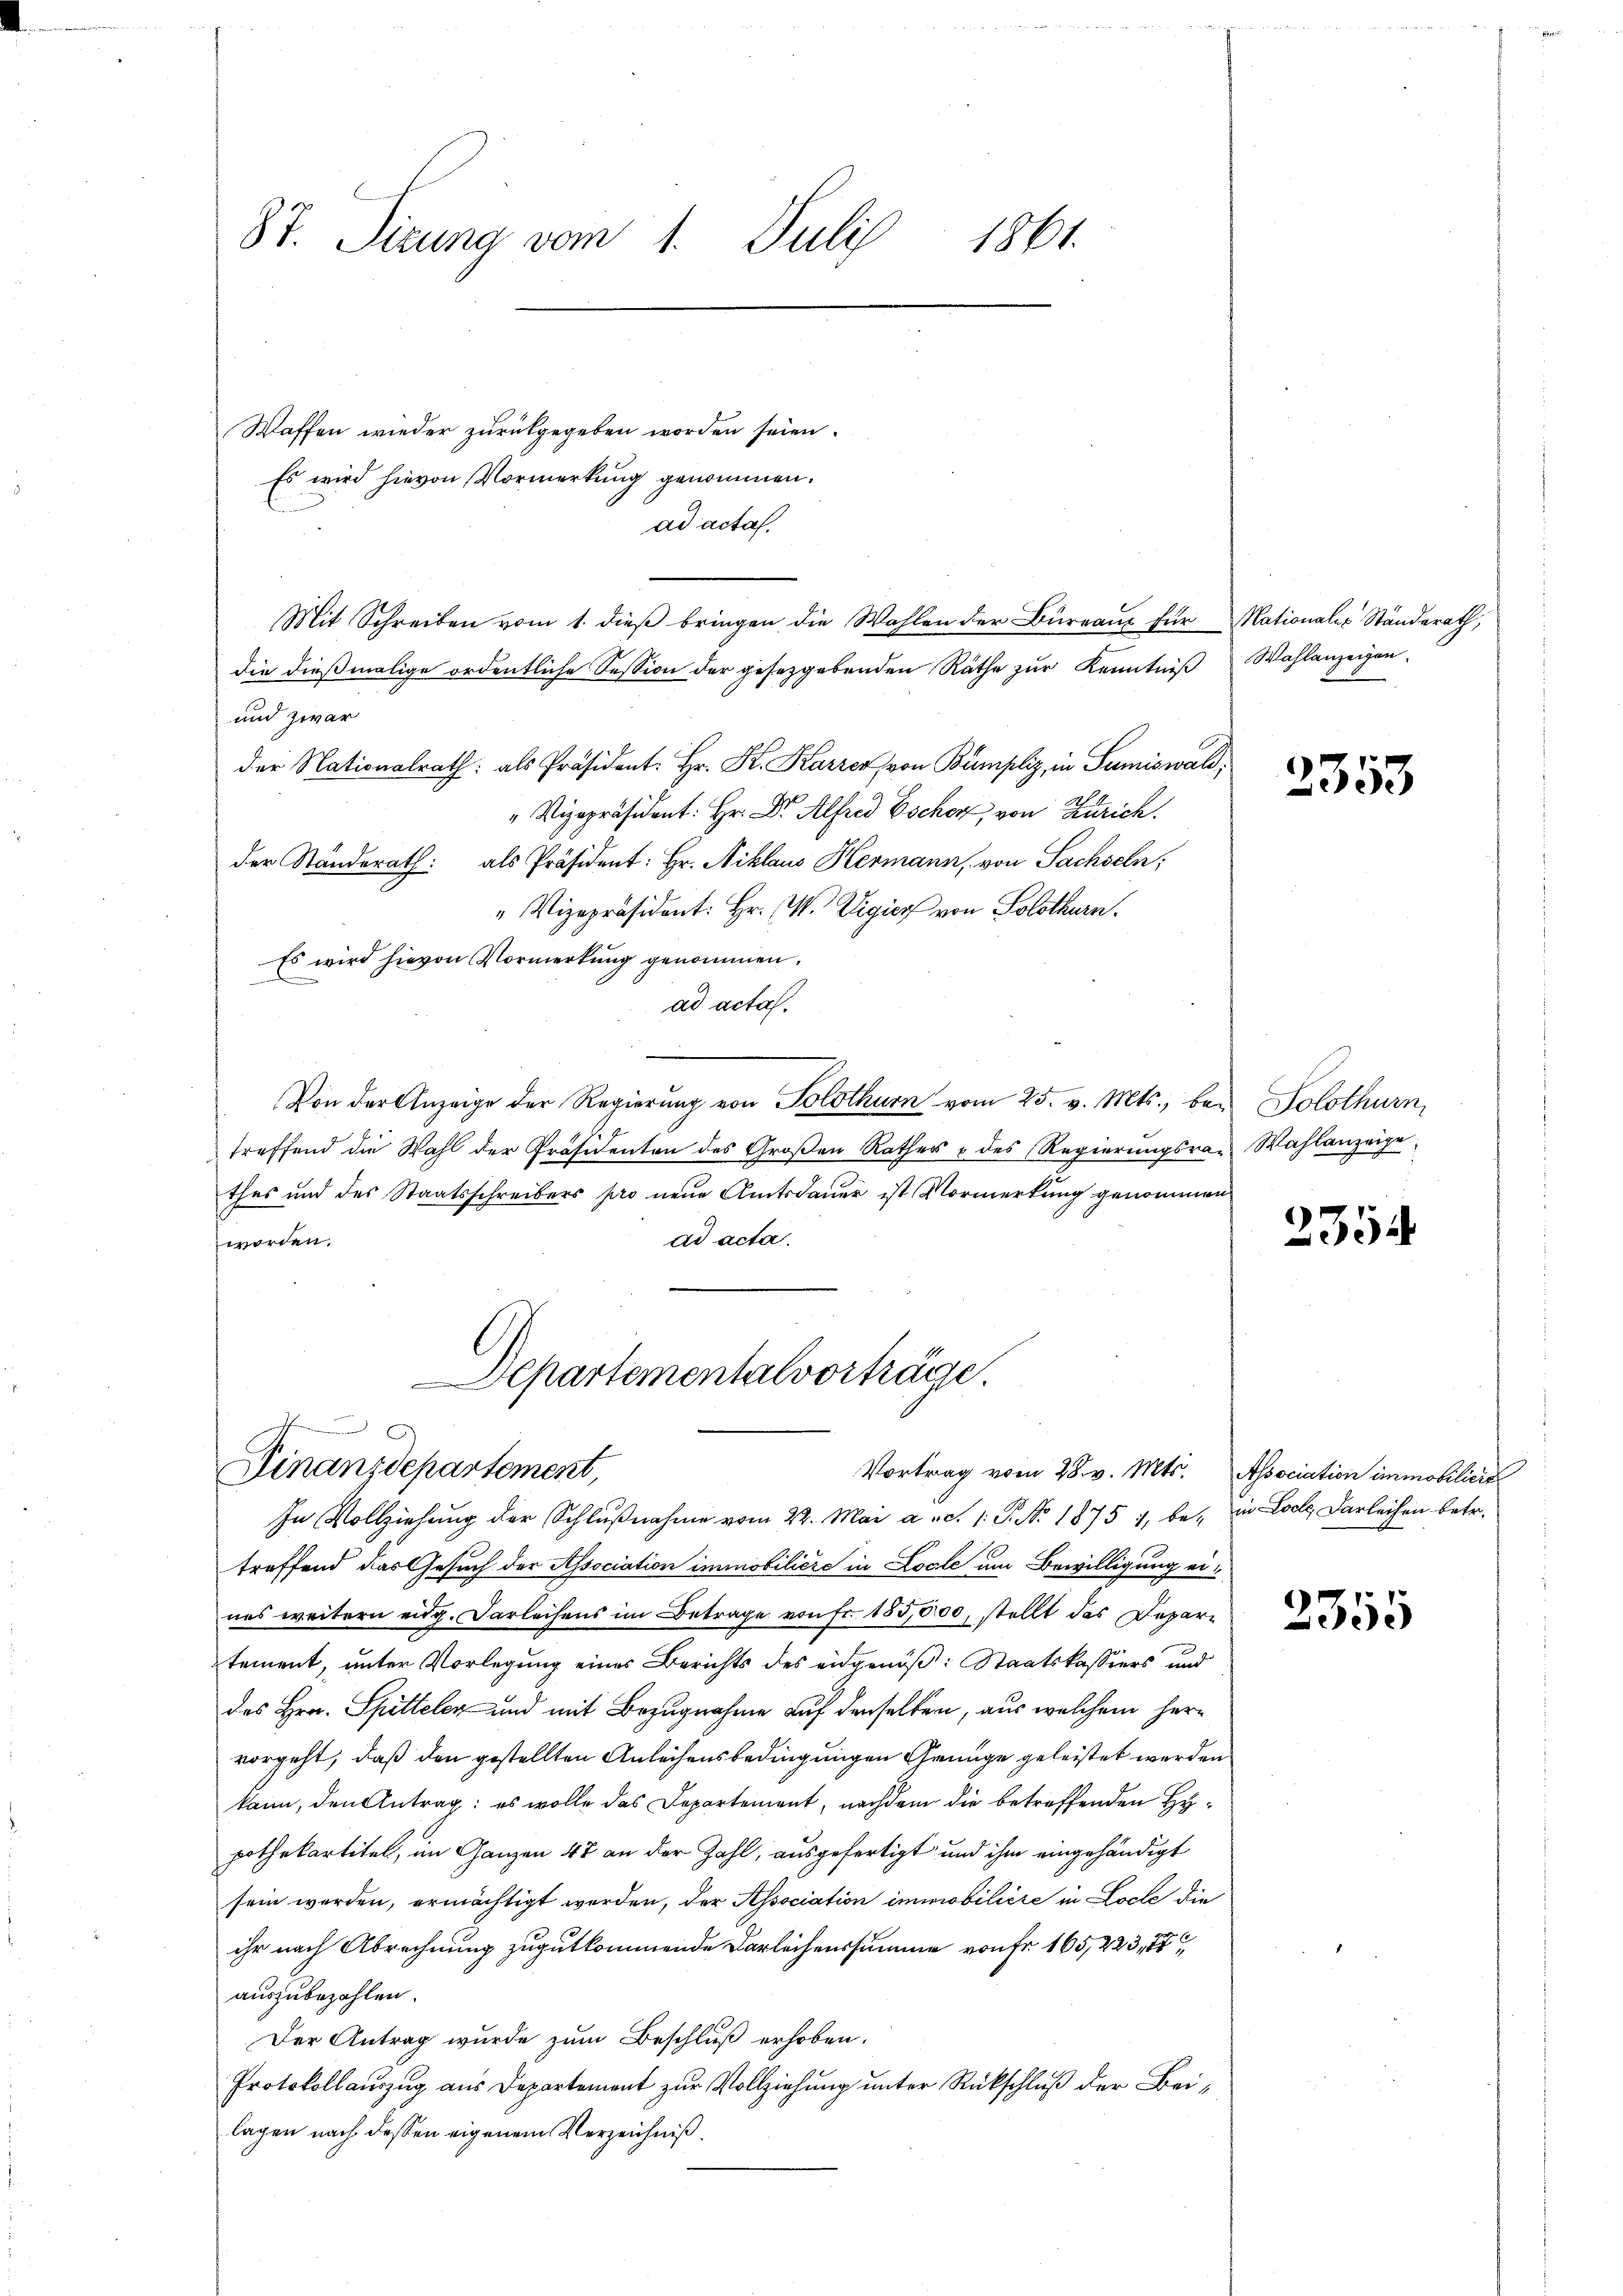
Waffen wieder zurückgegeben worden seien.
Es wird hievon Vormerkung genommen.
ad acta.
Mit Schreiben vom 1. dieß bringen die Wahlen der Büreaux für
die dießmalige ordentliche Session der gesetzgebenden Räthe zur Kenntniß
und zwar
der Nationalrath: als Präsident: Hr. K. Karrer von Bumpliz, in Sumiswald;
" Vizepräsident: Hr. Dr. Alfred Escher, von Zürich.
der Standerath als Präsident: Hr. Niklaus Hermann, von Sachseln;
" Vizepräsident: Hr. W. Vigier von Solothurn.
Es wird hievon Vormerkung genommen.
ad acta.
Von der Anzeige der Regierung von Solothurn vom 25. v. Mts., betreffend die Wahl der Präsidenten des Großen Rathes & des Regierungsra
thes und des Staatsschreibers pro neue Amtsdauer ist Vormerkung genommen
ad acta.
worden.
.

87. Sizung vom 1. Juli
1861.

Departementalvorträge.
J
1
Finanzdepartement,

In Vollziehung der Schlußnahme vom 24. Mai a.c. 1. P. No. 1875 1, be- in Loche Darleihen betr.
treffend das Gesuch der Association immobilière in Locle um Bewilligung ernes weitern eidg. Darleihens im Betrage von Fr. 185,000, stellt das Departement, unter Vorlegung eines Berichts des eidgenöß: Staatskassiers und
des Hrn. Spittelen und mit Bezugnahme auf denselben, aus welchem hervorgeht, daß den gestellten Anleihensbedingungen Genüge geleistet werden
kann, den Antrag: es wolle das Departement, nachdem die betreffenden Hypothekartitel, im Ganzen 48 an der Zahl, ausgefertigt und ihm eingehändigt
sein werden, ermächtigt werden, der Association immobilière in Loche die
ihr nach Abrechnung zugutkommende Darleihenssumme von Fr. 165, 223, 17
auszubezahlen.
Der Antrag wurde zum Beschluß erhoben.
Protokollauszug aus Departement zur Vollziehung unter Rückschluß der Beilagen nach dessen eigenem Verzeichniß

Vortrag vom 28. v. Mts. Association immobiliert

Mationales Ständerath,
Wahlanzeigen.

2353

Solothurn,
Wahlanzeige.

2354

2355